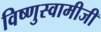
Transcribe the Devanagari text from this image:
विष्णुस्वामीजी